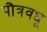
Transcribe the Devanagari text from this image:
पौत्रवधू